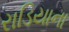
રાડિયાના